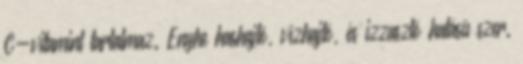
C-vitamint tartalmaz. Enyhe hashajtó, vízhajtó, és izzasztó hatású szer.